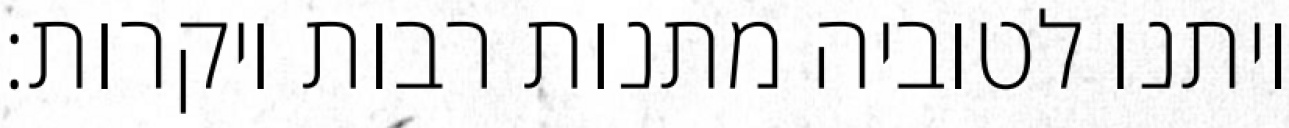
ויתנו לטוביה מתנות רבות ויקרות: